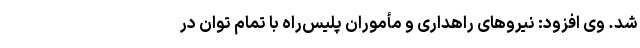
شد. وی افزود: نیروهای راهداری و مأموران پلیس‌راه با تمام توان در